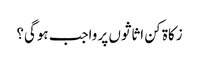
زکاۃ کن اثاثوں پر واجب ہوگی؟